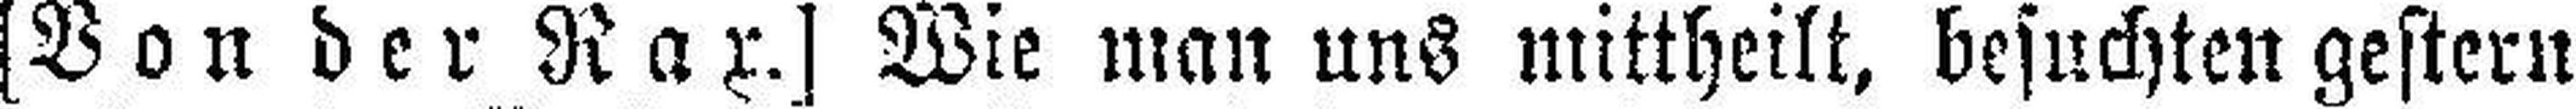
[Von der Rax.] Wie man uns mittheilt, besuchten gestern